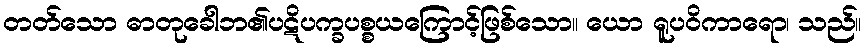
တတ်သော ဓာတုခေါဘ၏ပဋိပက္ခပစ္စယကြောင့်ဖြစ်သော။ ယော ရူပဝိကာရော၊ သည်။